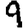
Digit: 9